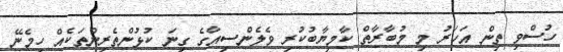
ހުސްވި ތިން އަހަރު މި މުބާރާތް ކާމިޔާބުކުރި ވެލެންސިއާގެ ގިނަ ކުޅުންތެރިންތަކެއް ހިމެނޭ